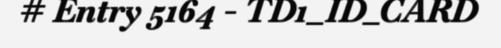
# Entry 5164 - TD1_ID_CARD